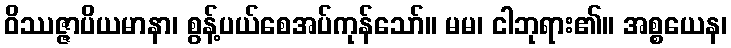
ဝိဿဇ္ဇာပိယမာနာ၊ စွန့်ပယ်စေအပ်ကုန်သော်။ မမ၊ ငါဘုရား၏။ အစ္စယေန၊